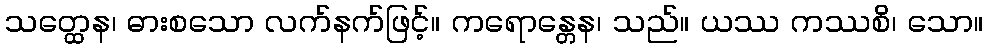
သတ္ထေန၊ ဓားစသော လက်နက်ဖြင့်။ ကရောန္တေန၊ သည်။ ယဿ ကဿစိ၊ သော။